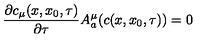
\frac { \partial c _ { \mu } ( x , x _ { 0 } , \tau ) } { \partial \tau } A _ { a } ^ { \mu } ( c ( x , x _ { 0 } , \tau ) ) = 0